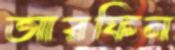
আরফিন